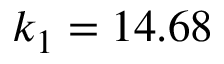
k _ { 1 } = 1 4 . 6 8